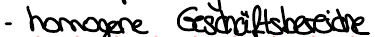
- homogene Geschäftsbereiche